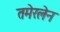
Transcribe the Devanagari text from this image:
तमेरलेन